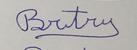
Signature authenticity: forged